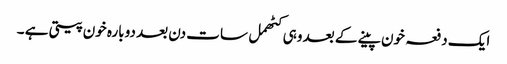
ایک دفعہ خون پینے کے بعد وہی کٹھمل سات دن بعد دوبارہ خون پیتی ہے ۔